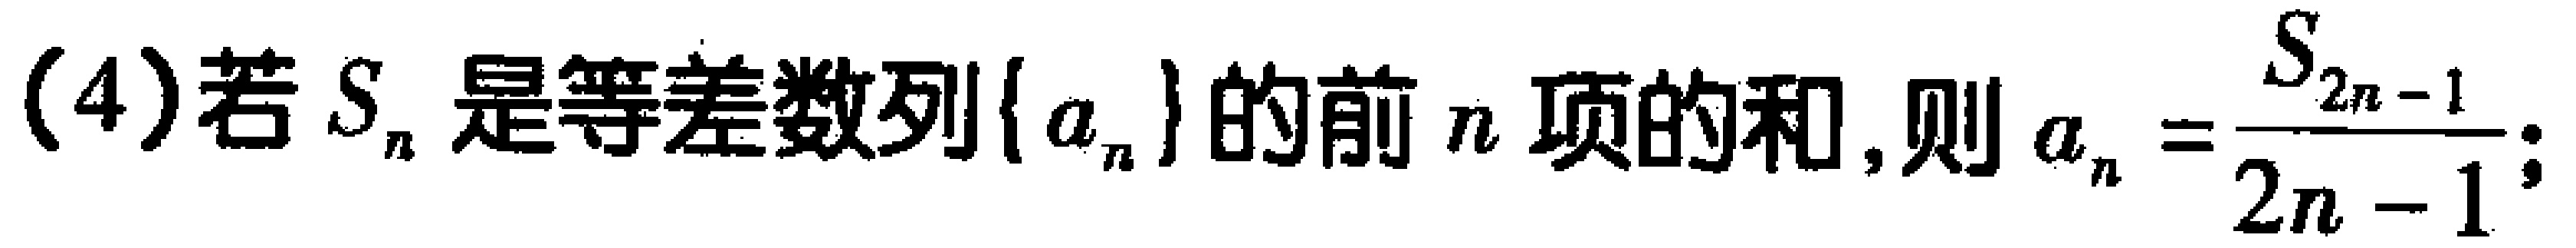
(4)若$S_{n}$是等差数列$\{ a_{n}\}$的前$n$项的和,则$a_{n}=\frac{S_{2n - 1}}{2n - 1};$